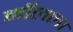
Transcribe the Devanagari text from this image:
मॉलला